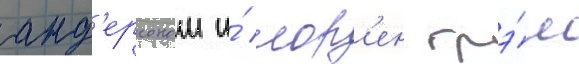
анд'ерсоном и́ лор'ен грэ́м